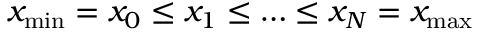
x _ { \operatorname* { m i n } } = x _ { 0 } \le x _ { 1 } \le \dots \le x _ { N } = x _ { \operatorname* { m a x } }